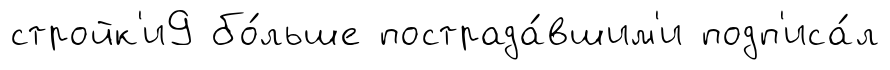
стройк'и9 бо́льше пострада́вшим'и подп'иса́л